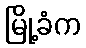
မြို့ခံက